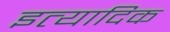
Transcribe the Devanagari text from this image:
इत्यादिक